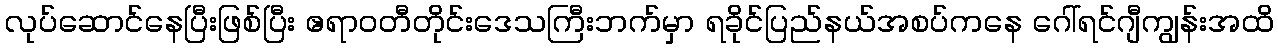
လုပ်ဆောင်နေပြီးဖြစ်ပြီး ဧရာဝတီတိုင်းဒေသကြီးဘက်မှာ ရခိုင်ပြည်နယ်အစပ်ကနေ ဂေါ်ရင်ဂျီကျွန်းအထိ